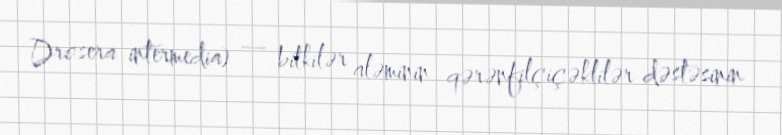
Drosera intermedia) — bitkilər aləminin qərənfilçiçəklilər dəstəsinin